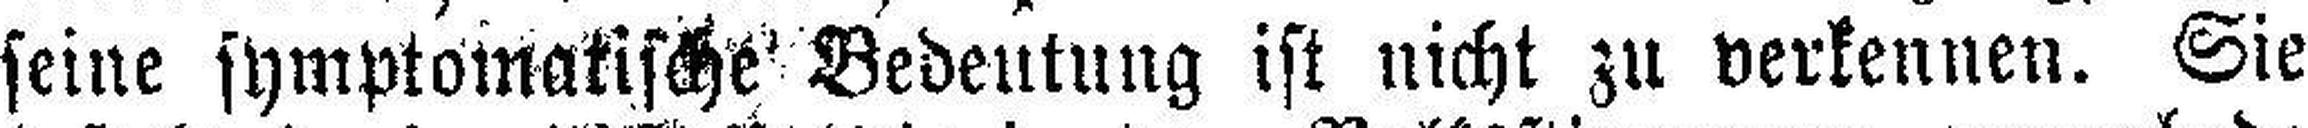
seine symptomatische Bedeutung ist nicht zu verkennen. Sie